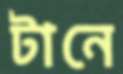
টানে